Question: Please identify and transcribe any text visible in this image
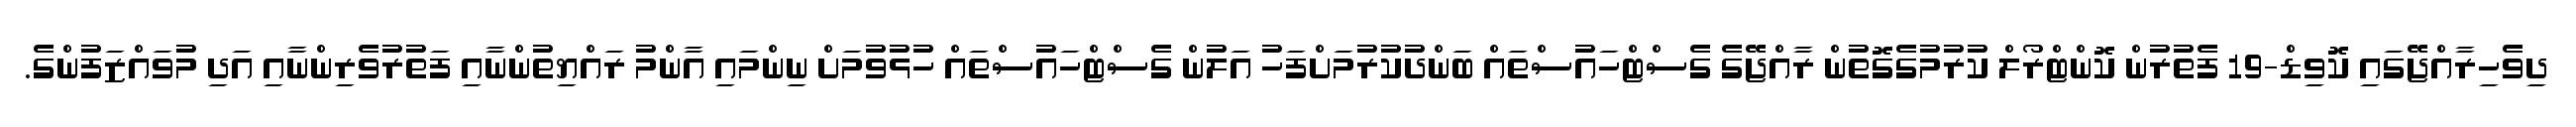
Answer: ދިވެހިރާއްޖޭގައި ކޮވިޑް-19 ފެތުރުން ކޮންޓްރޯލް ކުރުމުގެގޮތުން ރާއްޖޭގެ ގެސްޓްހައުސްތައް ބަންދުކުރުމަށްފަހު އަލުން ގެސްޓްހައުސްތައް ހުޅުވުމަށް ނިންމައި އާންމު ރައްޔިތުންނާއި ފަތުރުވެރިންނާއި އަދި މުވައްޒަފުންގެ.